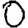
Digit: 0